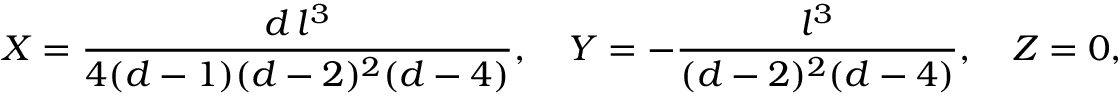
X = { \frac { d \, l ^ { 3 } } { 4 ( d - 1 ) ( d - 2 ) ^ { 2 } ( d - 4 ) } } , \quad Y = - { \frac { l ^ { 3 } } { ( d - 2 ) ^ { 2 } ( d - 4 ) } } , \quad Z = 0 ,